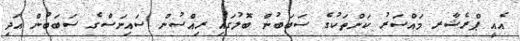
އެއީ ޕްރެޝާރ މައްސަރު ކަންތަކުގެ ސަބަބުން ބޮލުގައި ރިއްސުން ސައިނަސްގެ ސަބަބުން އަދި